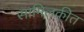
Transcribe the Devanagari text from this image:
सामिलकीत